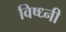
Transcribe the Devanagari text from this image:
विष्ध्नी